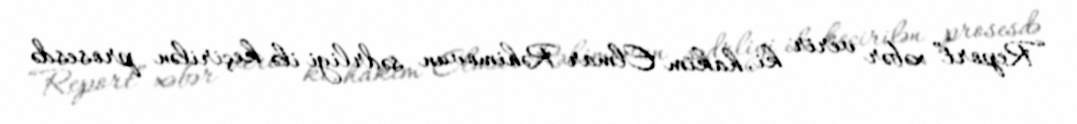
“Report” xəbər verir ki, hakim Elmar Rəhimovun sədrliyi ilə keçirilən prosesdə